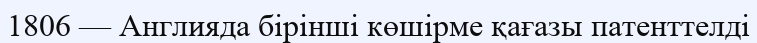
1806 — Англияда бірінші көшірме қағазы патенттелді